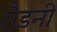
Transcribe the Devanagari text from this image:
रौडनी